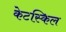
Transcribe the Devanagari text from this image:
केटस्किल